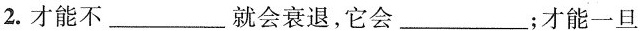
2.才能不___就会衰退，它会___；才能一旦